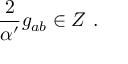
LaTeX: { \frac { 2 } { \alpha ^ { \prime } } } g _ { a b } \in Z \ .